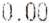
0.00